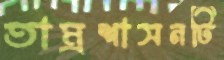
তাম্রশাসনটি